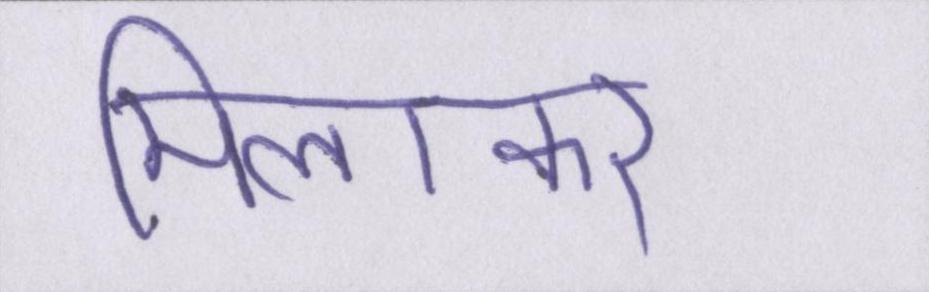
मिलाकर